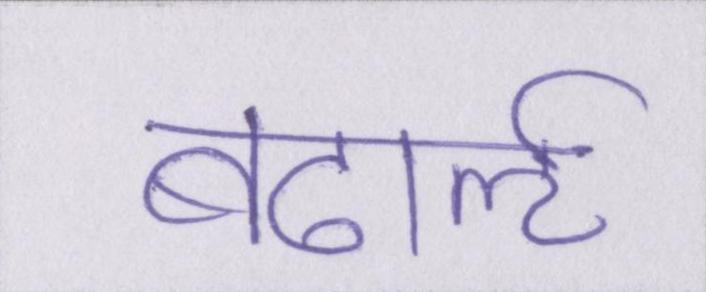
बढार्ऌ